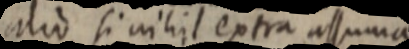
alio si nihil extra assuma